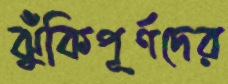
ঝুঁকিপূর্ণদের